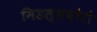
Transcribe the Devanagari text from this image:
मिडल्सबोरो